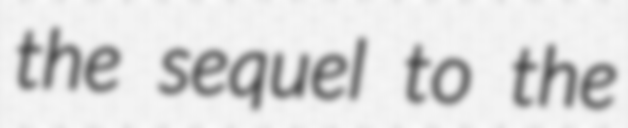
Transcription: the sequel to the